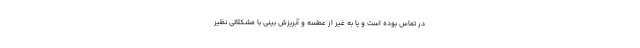
در تماس بوده است و یا به غیر از عطسه و آبریزش بینی با مشکلاتی نظیر